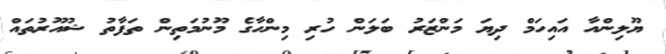
ޔޫލިންއާ އައިހަމް ދިޔަ މަންޒަރު ބަލަން ހުރި މިންހާގެ މޫނުމަތިން ތަފާތު ޝުއޫރުތައް